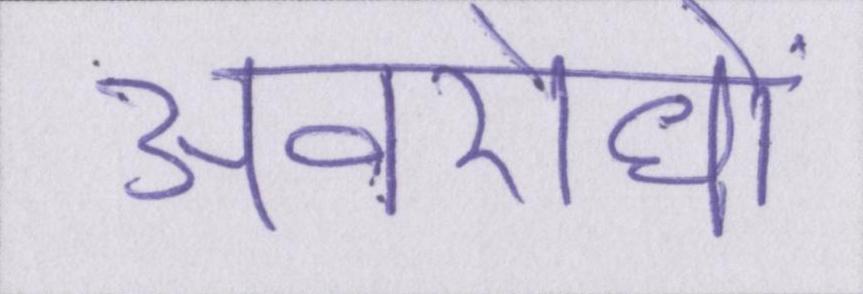
अवरोधों